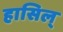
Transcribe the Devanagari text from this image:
हासिल्